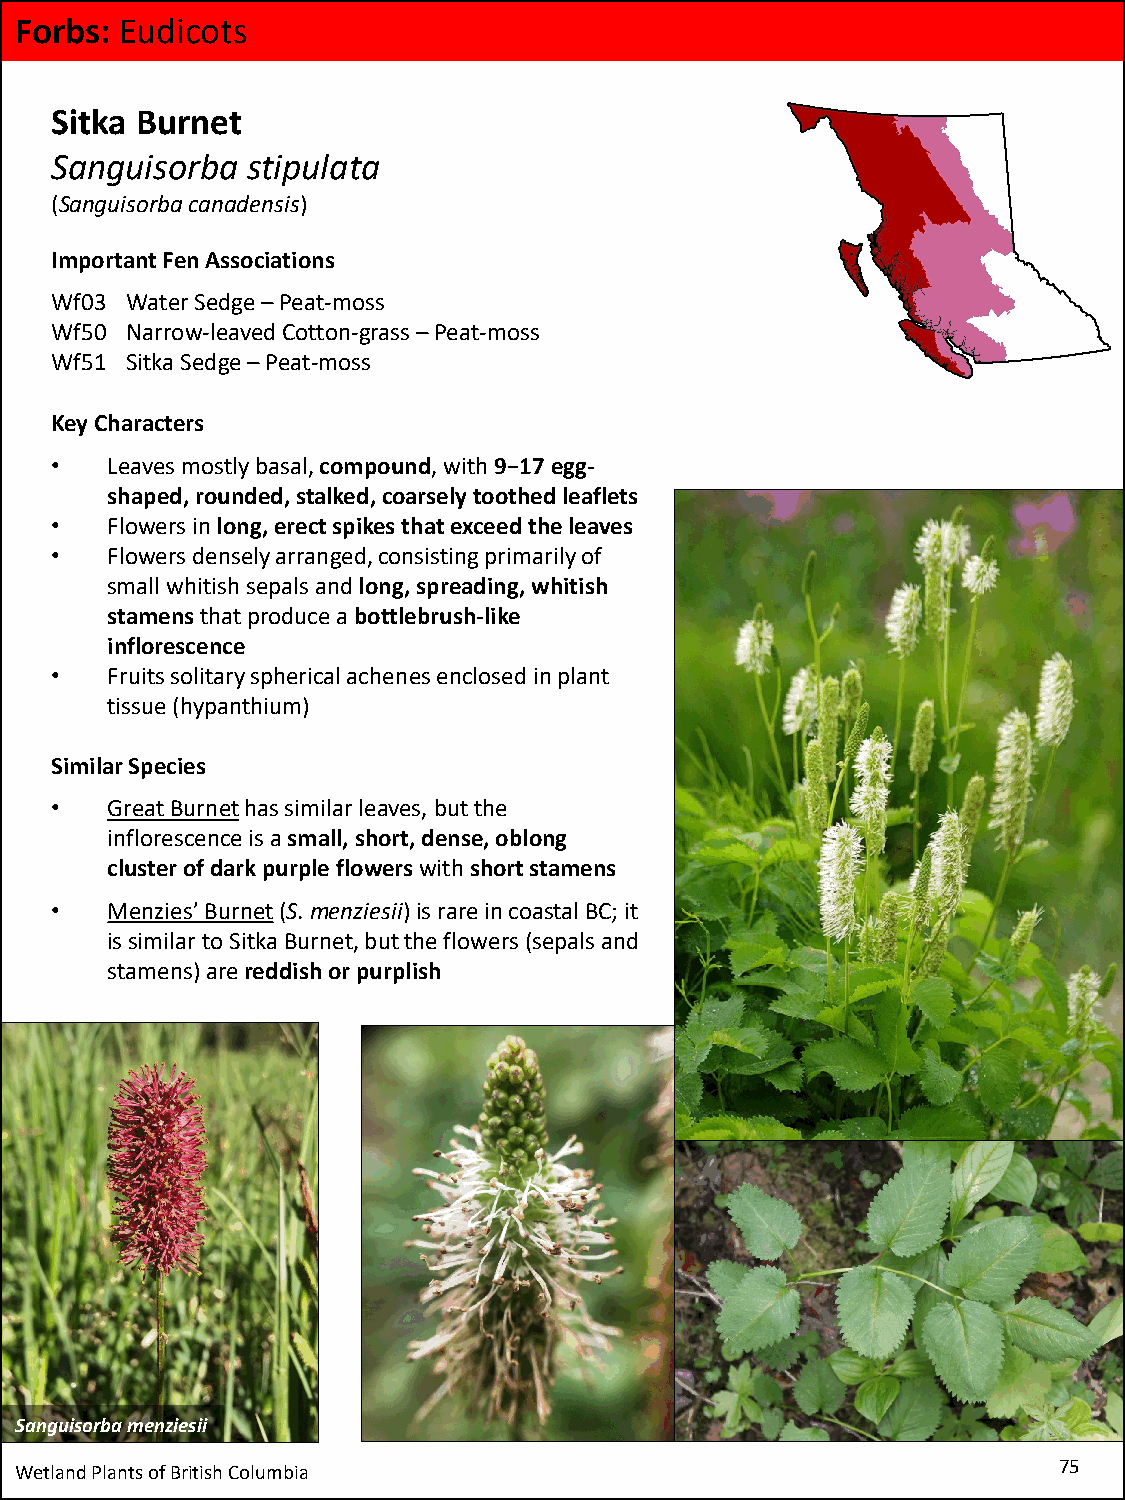
Forbs: Eudicots
 Sitka Burnet
 Sanguisorba  stipulata
 (Sanguisorbacanadensis)
 Important Fen Associations
 Wf03 Water Sedge –Peat-moss
 Wf50 Narrow-leaved Cotton-grass –Peat-moss
 Wf51 Sitka Sedge –Peat-moss
 Key Characters
 •   Leaves mostly basal, compound, with 9−17 egg-
 shaped, rounded, stalked, coarsely toothed leaflets
 •   Flowers in long, erect spikes that exceed the leaves
 •   Flowers densely arranged, consisting primarily of
 small whitish sepals and long, spreading, whitish
 stamens that produce a bottlebrush-like
 inflorescence
 •   Fruits solitary spherical achenes enclosed in plant
 tissue (hypanthium)
 Similar Species
 •   Great Burnethas similar leaves, but the
 inflorescence is a small, short, dense, oblong
 cluster of dark purple flowers with short stamens
 •   Menzies’ Burnet(S. menziesii)is rare in coastal BC; it
 is similar to Sitka Burnet, but the flowers (sepals and
 stamens) are reddish or purplish
 Sanguisorbamenziesii
 Wetland Plants of British Columbia                                   75